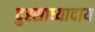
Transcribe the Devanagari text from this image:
दुस्साध्यादाय